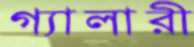
গ্যালারী